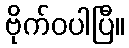
ဗိုက်ဝပါပြီ။